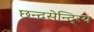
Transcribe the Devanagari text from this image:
छन्दसेन्दि्रय